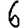
Digit: 6